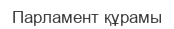
Парламент құрамы